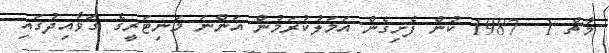
މާޗް 1  1987 ކުން ފެށިގެން އަމަލުކުރަމުން އަންނަ މަނިޓަރީގެ ގަވާއިދުގައި